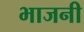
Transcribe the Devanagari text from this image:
भाजनी